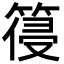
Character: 䈜